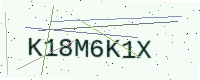
Text: K18M6K1X